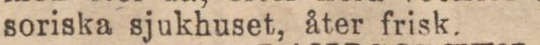
soriska sjukhuset, åter frisk.